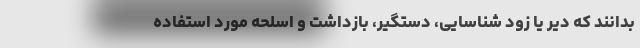
بدانند که دیر یا زود شناسایی، دستگیر، بازداشت و اسلحه مورد استفاده